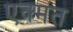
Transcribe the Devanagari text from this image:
एक्मत